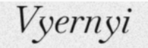
Vyernyi